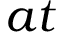
a t